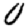
Digit: 0